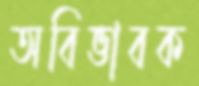
অবিভাবক